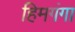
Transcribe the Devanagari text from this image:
हिमगंगा